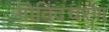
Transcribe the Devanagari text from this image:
गोविंदचरण